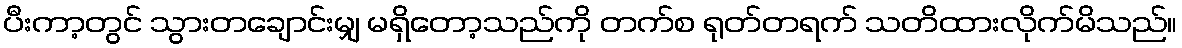
ပီးကာ့တွင် သွားတချောင်းမျှ မရှိတော့သည်ကို တက်စ ရုတ်တရက် သတိထားလိုက်မိသည်။